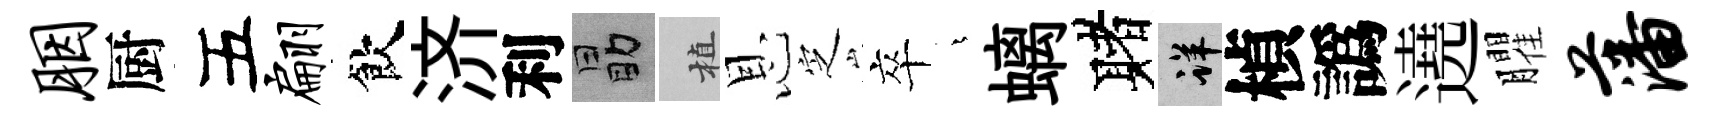
胭厨五翩飲济利勗植恩㝎卒燁螭赌详楨譌遶臞藩